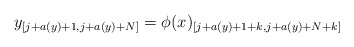
\begin{align*} y_{[j+a(y)+1,j+a(y)+N]}= \phi(x)_{[j+a(y)+1+k, j+a(y)+N+k]}\end{align*}